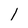
Character: l